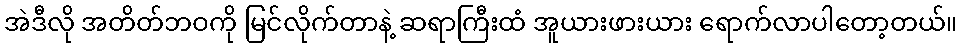
အဲဒီလို အတိတ်ဘဝကို မြင်လိုက်တာနဲ့ ဆရာကြီးထံ အူယားဖားယား ရောက်လာပါတော့တယ်။